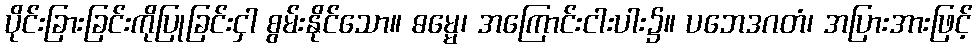
ပိုင်းခြားခြင်းကိုပြုခြင်းငှါ စွမ်းနိုင်သော။ ဓမ္မေ၊ အကြောင်းငါးပါး၌။ ပဘေဒဂတံ၊ အပြားအားဖြင့်